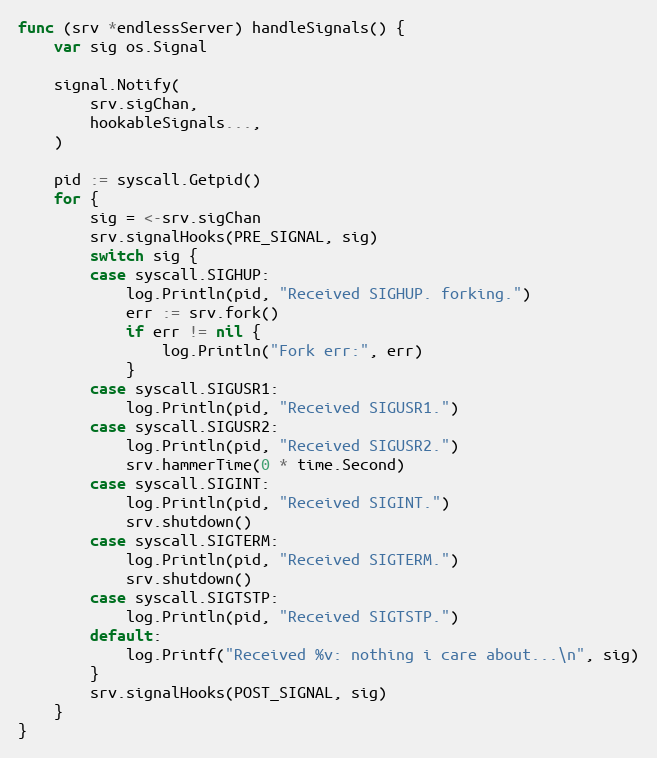
Language: Go
func (srv *endlessServer) handleSignals() {
	var sig os.Signal

	signal.Notify(
		srv.sigChan,
		hookableSignals...,
	)

	pid := syscall.Getpid()
	for {
		sig = <-srv.sigChan
		srv.signalHooks(PRE_SIGNAL, sig)
		switch sig {
		case syscall.SIGHUP:
			log.Println(pid, "Received SIGHUP. forking.")
			err := srv.fork()
			if err != nil {
				log.Println("Fork err:", err)
			}
		case syscall.SIGUSR1:
			log.Println(pid, "Received SIGUSR1.")
		case syscall.SIGUSR2:
			log.Println(pid, "Received SIGUSR2.")
			srv.hammerTime(0 * time.Second)
		case syscall.SIGINT:
			log.Println(pid, "Received SIGINT.")
			srv.shutdown()
		case syscall.SIGTERM:
			log.Println(pid, "Received SIGTERM.")
			srv.shutdown()
		case syscall.SIGTSTP:
			log.Println(pid, "Received SIGTSTP.")
		default:
			log.Printf("Received %v: nothing i care about...\n", sig)
		}
		srv.signalHooks(POST_SIGNAL, sig)
	}
}